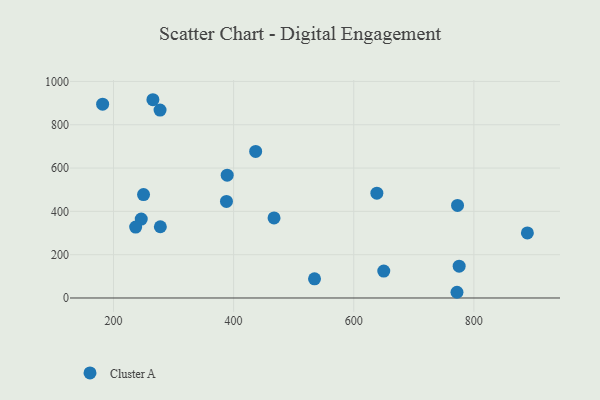
{"axis": {"x": "Engine Size", "y": "Demand"}, "legend": ["Cluster A"], "data": [{"x": "771.9", "y": 26.4, "type": "Cluster A"}, {"x": "889.1", "y": 300.3, "type": "Cluster A"}, {"x": "181.9", "y": 894.8, "type": "Cluster A"}, {"x": "265.6", "y": 915.5, "type": "Cluster A"}, {"x": "638.5", "y": 483.8, "type": "Cluster A"}, {"x": "775.5", "y": 146.9, "type": "Cluster A"}, {"x": "246.2", "y": 364.3, "type": "Cluster A"}, {"x": "534.7", "y": 88.7, "type": "Cluster A"}, {"x": "650.0", "y": 124.1, "type": "Cluster A"}, {"x": "772.8", "y": 427.2, "type": "Cluster A"}, {"x": "250.0", "y": 477.3, "type": "Cluster A"}, {"x": "278.0", "y": 329.0, "type": "Cluster A"}, {"x": "277.5", "y": 867.9, "type": "Cluster A"}, {"x": "389.3", "y": 567.3, "type": "Cluster A"}, {"x": "436.7", "y": 676.7, "type": "Cluster A"}, {"x": "236.9", "y": 327.3, "type": "Cluster A"}, {"x": "467.3", "y": 369.7, "type": "Cluster A"}, {"x": "388.1", "y": 446.1, "type": "Cluster A"}]}